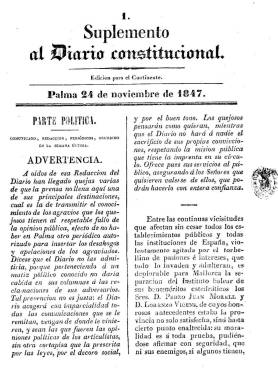
Título: Suplemento al Diario constitucional
Otros títulos: Suplemento al Diario de Palma de Mallorca || Suplemento al Diario de Palma
Colección: Periódicos
Ámbito geográfico: Baleares
Lugar de publicación: Palma de Mallorca
Fechas: 24/11/1847-01/10/1853

Es considerado como sucesor de El Propagador balear, que había estado publicándose en 1837 y entre 1846 y 1847, con el subtítulo, precisamente, de “suplemento al Diario constitucional”. Ya con esta cabecera empieza a publicarse a partir del 24 de noviembre de 1847, también como semanario y sin día fijo de aparición. Forma parte de la prensa mallorquina producida por el impresor Felipe Guasp y Barbieri, quien empieza apareciendo como editor responsable de este suplemento, atribuyéndosele la redacción o elaboración a su hijo, Juan Guasp y Pascual.

Bajo su cabecera se indica “edición para el continente”, pues su fin era distribuirlo fuera de las islas para la difusión y el conocimiento de la actualidad balear en la península y en otros países europeos. También era distribuido gratis para los suscriptores al Diario constitucional, propiedad de la misma familia Guasp, encuadrada en el liberalismo moderado de la isla.

Sus entregas –en un formato en folio– reinician anualmente su secuencia numérica. Son, generalmente, de cuatro páginas, aunque a veces se reducen a dos y otras alcanzan hasta las ocho páginas, siempre compuestas a dos columnas. Es una publicación con un carácter más político que el diario, pues buena parte de sus contenidos son artículos, algunos de ellos remitidos (cartas al editor) y otros ya publicados previamente en el diario, no exentos muchos de ellos de polémica. También cuenta con una sección de Revista de prensa, con resúmenes no sólo de otros periódicos isleños, sino también españoles.

Su principal sección se denomina, precisamente, Parte política, señalando su editor que su diario acogería con imparcialidad todas las comunicaciones que se le remitieran, “vengan de donde le vinieren, y sean las que fueren las opiniones políticas de los articulistas, sin otra cortapisa que la prescrita por las leyes, por el decoro social y por el buen tono”. También incluirá un Boletín bibliográfico y tendrá una Parte oficial, con resúmenes de normativas legales publicadas previamente en el Boletín oficial balear.

A través de sus artículos y comentarios, toma posiciones políticas en las convocatorias electorales o en los presupuestos municipales y en cuantas vicisitudes administrativas y económicas de la vida local se plantean. También llega a insertar algunas producciones literarias, como composiciones poéticas, algunas de estas escritas en mallorquín.

Expresará bajo su cabecera las indicaciones: “propagador balear: revista semanal” o “extraído de los periódicos de la capital”, y, coincidiendo con los cambios en el título del diario, a partir del cinco de junio de 1849 el semanario empieza a denominarse Suplemento al Diario de Palma de Mallorca y, a desde el 30 de septiembre de 1852, Suplemento al Diario de Palma, con modificaciones también en su subtítulo, que llega a ser “propagador revista balear”.

Juan Guasp también aparecerá como editor responsable de este semanario, pero cuando deje de publicarse, el uno de octubre de 1853, esta responsabilidad la tenía de nuevo su padre, Felipe Guasp. Las fechas que Bover ofrece en su Diccionario bibliográfico de la prensa periódica de las Baleares (1862) respecto a las modificaciones en el título de este semanario no se corresponden con las reales.